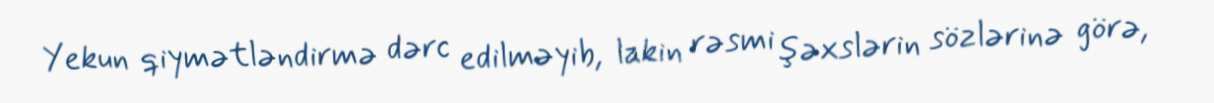
Yekun qiymətləndirmə dərc edilməyib, lakin rəsmi şəxslərin sözlərinə görə,